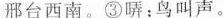
邢台西南。③听：鸟叫声。